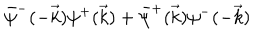
LaTeX: \bar { \psi } ^ { - } ( - \vec { k } ) \psi ^ { + } ( \vec { k } ) + \bar { \psi } ^ { + } ( \vec { k } ) \psi ^ { - } ( - \vec { k } )